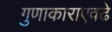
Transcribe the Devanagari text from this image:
गुणाकाराएवढे